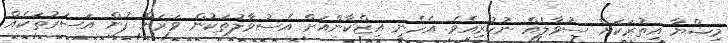
މިޝްޔާ އިތުރަކަށް ސުވާލެއް ނުކުރިއެވެ. އެހެނީ އިޒްކާންއަށް އެސުވާލުތަކުން ވަރަށް ފުން އަސަރުތަކެއް